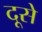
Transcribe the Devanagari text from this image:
दूसे